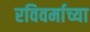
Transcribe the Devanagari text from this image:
रविवर्माच्या